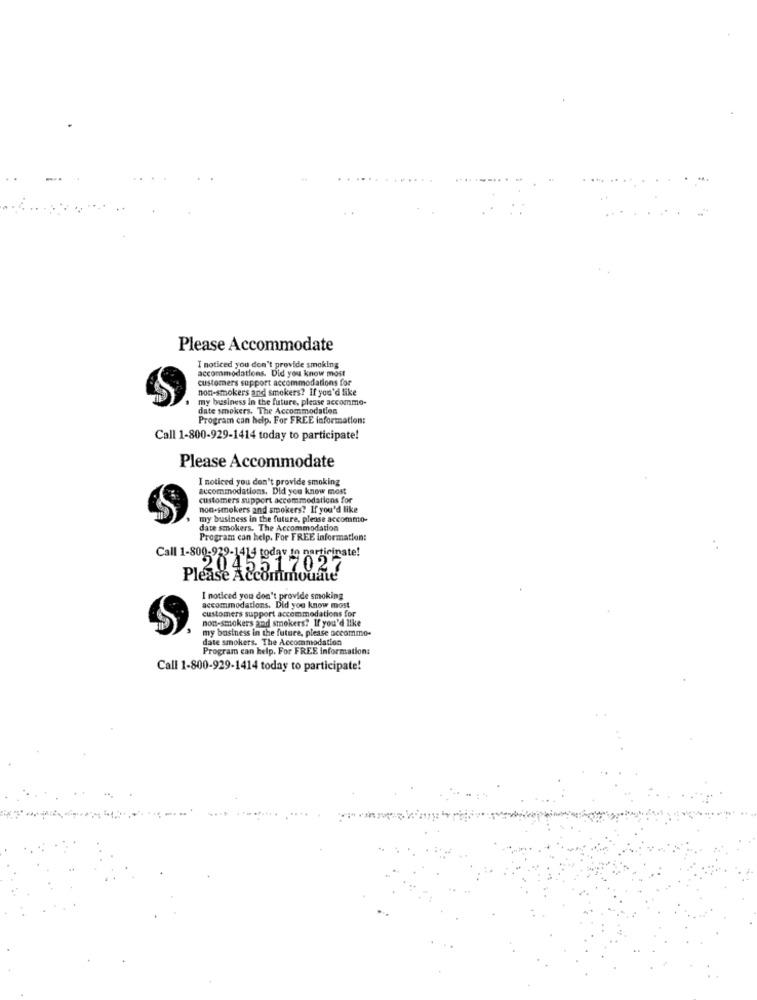
Please Accommodate
I noticed you don't provide smoking
accommodations. Did you know most
customers support accommodations for
non-smokers and smokers? If you'd like
my business in the future, please accommo-
date smokers. The Accommodation
Program can help. For FREE information:
Call 1-800-929-1414 today to participate!
Please Accommodate
I noticed you don't provide smoking
accommodations. Did you know most
customers support accommodations for
non-smokers and smokers? If you'd like
my business in the future, please accommo-
date smokers. The Accommodation
Program can help. For FREE information:
Call 1-800-929-1414 today 19 7
participate!
204
17027
Please Accommouate
I noticed you don't provide smoking
accommodations. Did you know most
customers support accommodations for
non-smokers and smokers? If you'd like
my business in the future, please accommo-
date smokers. The Accommodation
Program can help. For FREE information:
Call 1-800-929-1414 today to participate!